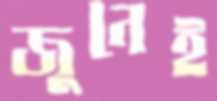
জুনেই